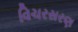
વિચરસરણ